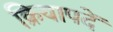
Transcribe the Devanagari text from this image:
क्रियापदें